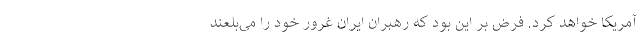
آمریکا خواهد کرد. فرض بر این بود که رهبران ایران غرور خود را می‌بلعند